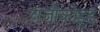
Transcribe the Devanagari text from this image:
वंजीकोट्टई